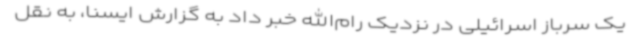
یک سرباز اسرائیلی در نزدیک رام‌الله خبر داد به گزارش ایسنا، به نقل